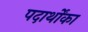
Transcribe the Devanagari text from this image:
पदार्थोंका